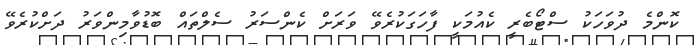
ކޮންމެ ދުވަހަކު ސްޓޯބެރީ ކެއުމަކީ ފާހަގަކުރެވޭ ވަރަށް ކެންސަރު ސެލްތައް ބޮޑުވާމިންވަރު ދަށްކުރެވޭ